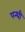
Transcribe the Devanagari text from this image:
पन्थी